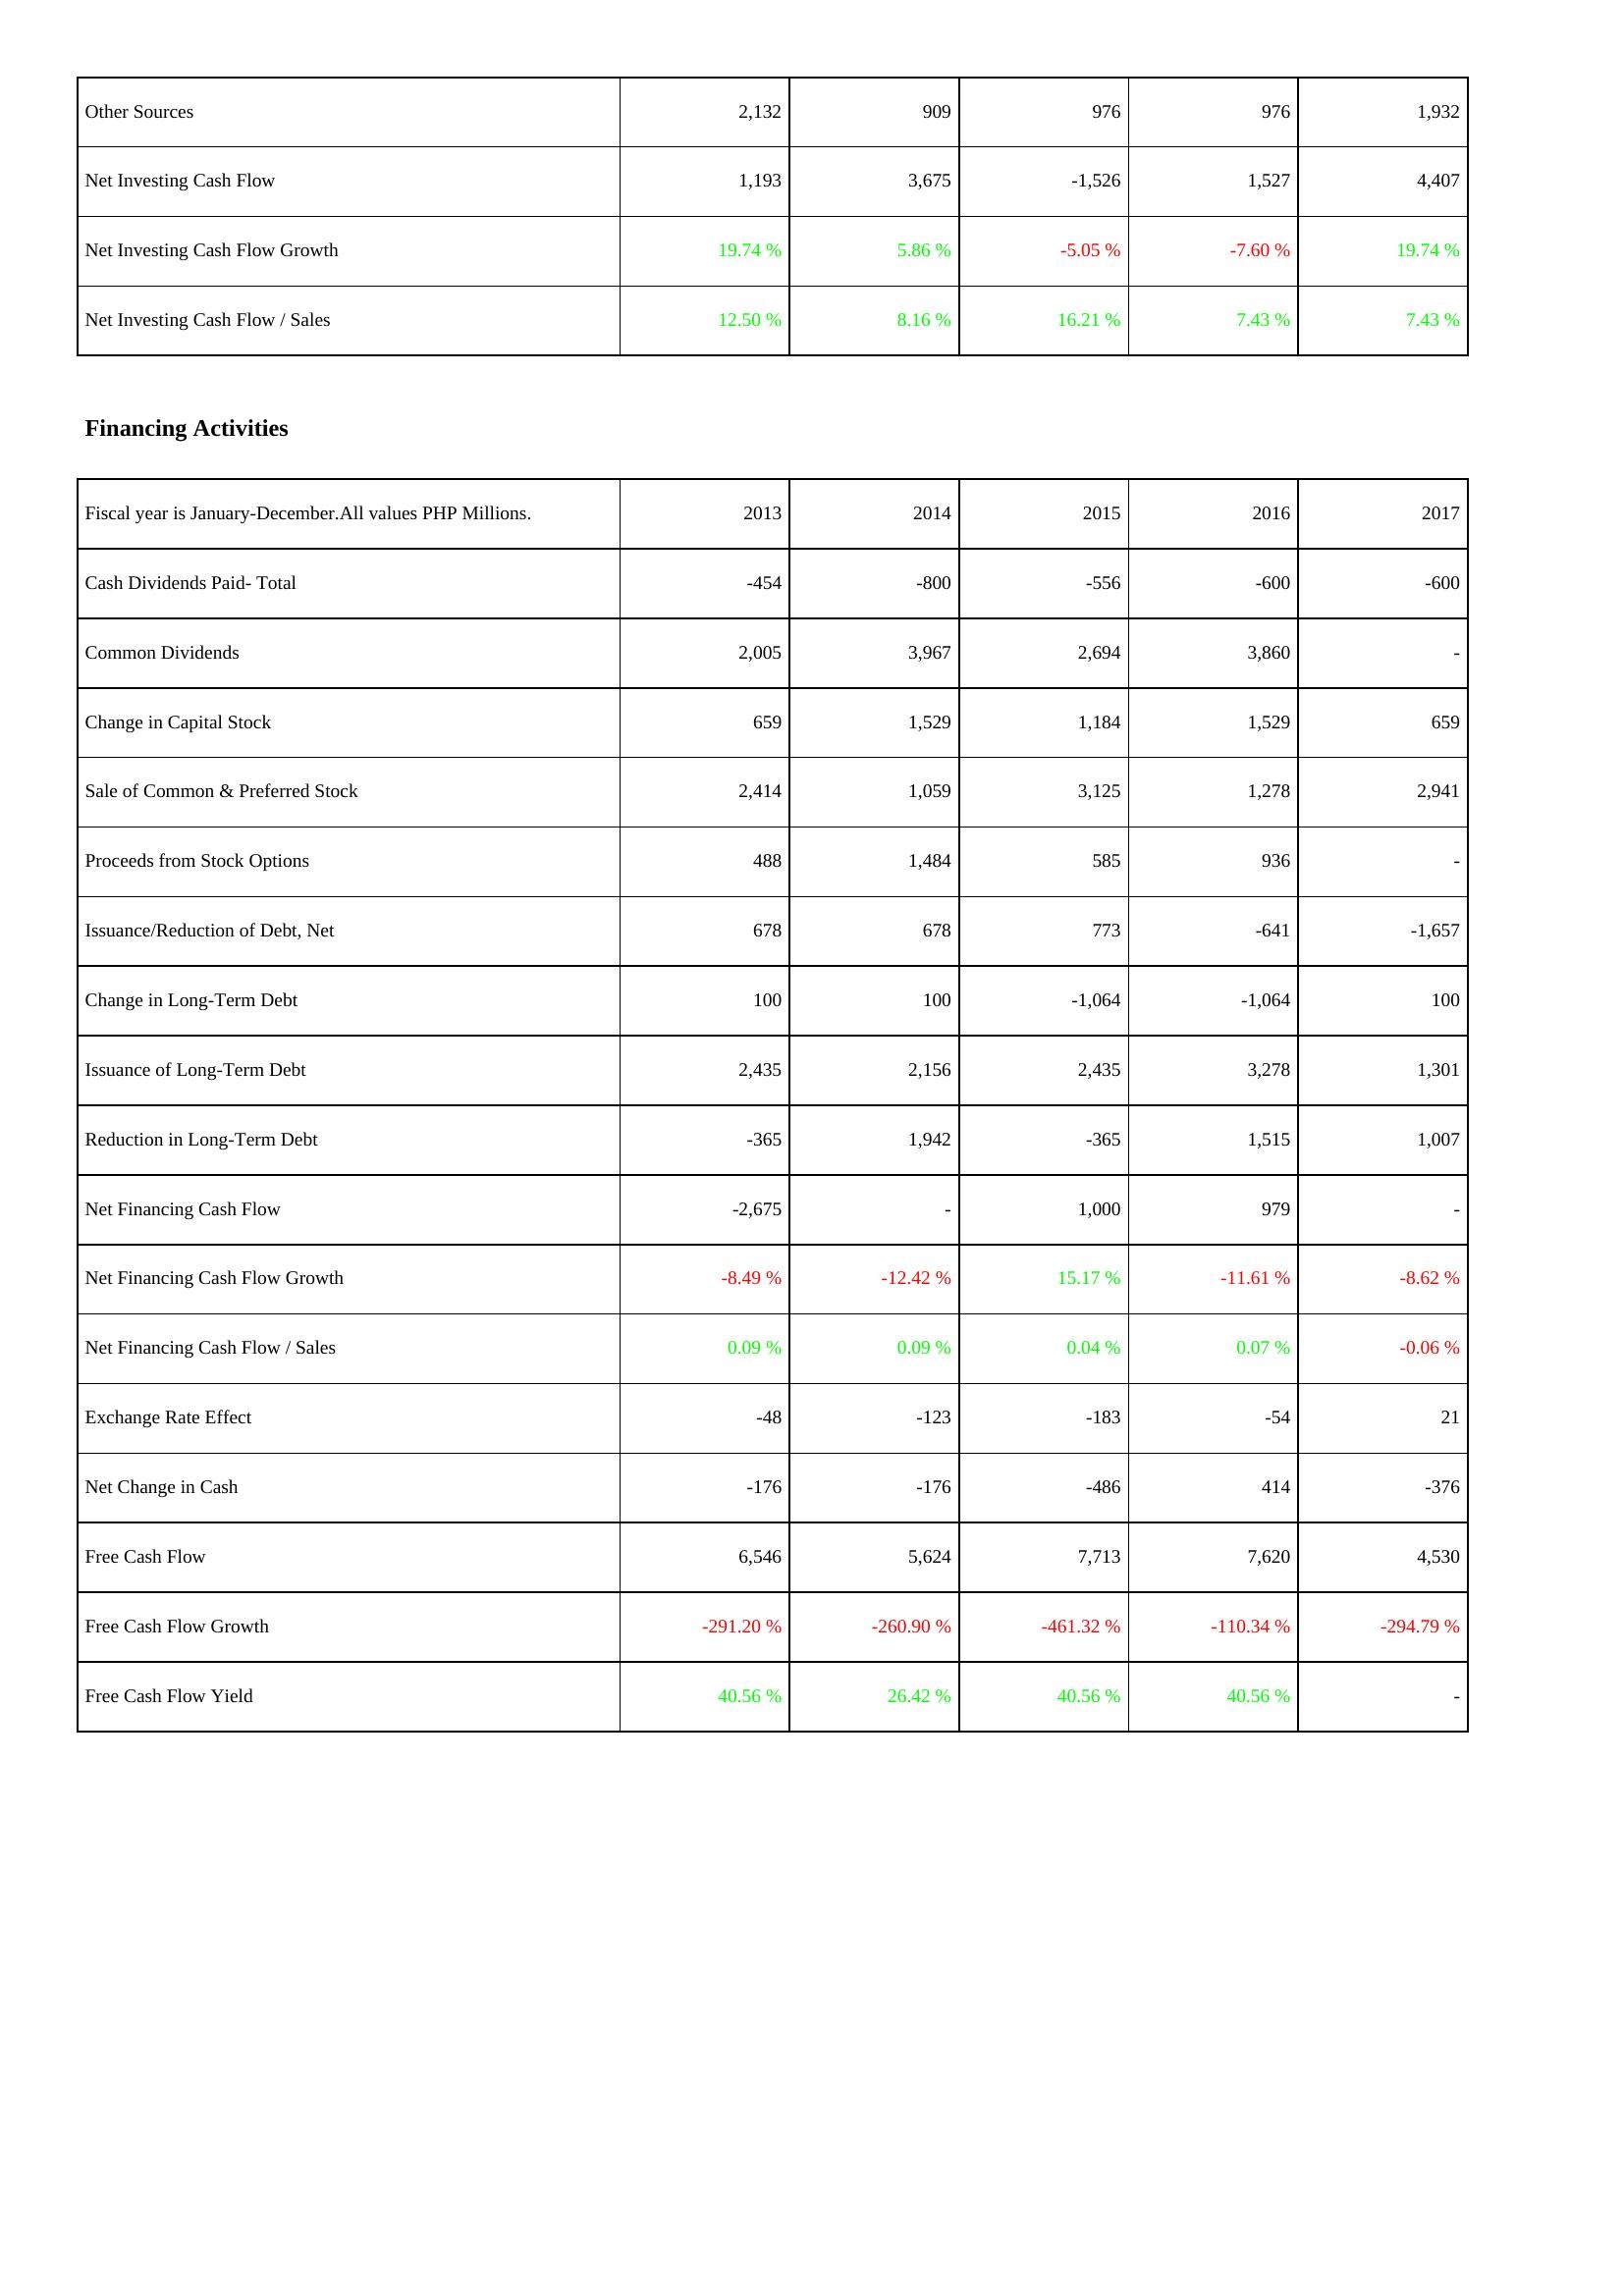
2013: Investing Activities: Other Sources: 2,132
Net Investing Cash Flow: 1,193
Net Investing Cash Flow Growth: 19.74 %
Net Investing Cash Flow / Sales: 12.50 %
Financing Activities: Cash Dividends Paid- Total: -454
Common Dividends: 2,005
Change in Capital Stock: 659
Sale of Common & Preferred Stock: 2,414
Proceeds from Stock Options: 488
Issuance/Reduction of Debt, Net: 678
Change in Long-Term Debt: 100
Issuance of Long-Term Debt: 2,435
Reduction in Long-Term Debt: -365
Net Financing Cash Flow: -2,675
Net Financing Cash Flow Growth: -8.49 %
Net Financing Cash Flow / Sales: 0.09 %
Exchange Rate Effect: -48
Net Change in Cash: -176
Free Cash Flow: 6,546
Free Cash Flow Growth: -291.20 %
Free Cash Flow Yield: 40.56 %
2014: Investing Activities: Other Sources: 909
Net Investing Cash Flow: 3,675
Net Investing Cash Flow Growth: 5.86 %
Net Investing Cash Flow / Sales: 8.16 %
Financing Activities: Cash Dividends Paid- Total: -800
Common Dividends: 3,967
Change in Capital Stock: 1,529
Sale of Common & Preferred Stock: 1,059
Proceeds from Stock Options: 1,484
Issuance/Reduction of Debt, Net: 678
Change in Long-Term Debt: 100
Issuance of Long-Term Debt: 2,156
Reduction in Long-Term Debt: 1,942
Net Financing Cash Flow: -
Net Financing Cash Flow Growth: -12.42 %
Net Financing Cash Flow / Sales: 0.09 %
Exchange Rate Effect: -123
Net Change in Cash: -176
Free Cash Flow: 5,624
Free Cash Flow Growth: -260.90 %
Free Cash Flow Yield: 26.42 %
2015: Investing Activities: Other Sources: 976
Net Investing Cash Flow: -1,526
Net Investing Cash Flow Growth: -5.05 %
Net Investing Cash Flow / Sales: 16.21 %
Financing Activities: Cash Dividends Paid- Total: -556
Common Dividends: 2,694
Change in Capital Stock: 1,184
Sale of Common & Preferred Stock: 3,125
Proceeds from Stock Options: 585
Issuance/Reduction of Debt, Net: 773
Change in Long-Term Debt: -1,064
Issuance of Long-Term Debt: 2,435
Reduction in Long-Term Debt: -365
Net Financing Cash Flow: 1,000
Net Financing Cash Flow Growth: 15.17 %
Net Financing Cash Flow / Sales: 0.04 %
Exchange Rate Effect: -183
Net Change in Cash: -486
Free Cash Flow: 7,713
Free Cash Flow Growth: -461.32 %
Free Cash Flow Yield: 40.56 %
2016: Investing Activities: Other Sources: 976
Net Investing Cash Flow: 1,527
Net Investing Cash Flow Growth: -7.60 %
Net Investing Cash Flow / Sales: 7.43 %
Financing Activities: Cash Dividends Paid- Total: -600
Common Dividends: 3,860
Change in Capital Stock: 1,529
Sale of Common & Preferred Stock: 1,278
Proceeds from Stock Options: 936
Issuance/Reduction of Debt, Net: -641
Change in Long-Term Debt: -1,064
Issuance of Long-Term Debt: 3,278
Reduction in Long-Term Debt: 1,515
Net Financing Cash Flow: 979
Net Financing Cash Flow Growth: -11.61 %
Net Financing Cash Flow / Sales: 0.07 %
Exchange Rate Effect: -54
Net Change in Cash: 414
Free Cash Flow: 7,620
Free Cash Flow Growth: -110.34 %
Free Cash Flow Yield: 40.56 %
2017: Investing Activities: Other Sources: 1,932
Net Investing Cash Flow: 4,407
Net Investing Cash Flow Growth: 19.74 %
Net Investing Cash Flow / Sales: 7.43 %
Financing Activities: Cash Dividends Paid- Total: -600
Common Dividends: -
Change in Capital Stock: 659
Sale of Common & Preferred Stock: 2,941
Proceeds from Stock Options: -
Issuance/Reduction of Debt, Net: -1,657
Change in Long-Term Debt: 100
Issuance of Long-Term Debt: 1,301
Reduction in Long-Term Debt: 1,007
Net Financing Cash Flow: -
Net Financing Cash Flow Growth: -8.62 %
Net Financing Cash Flow / Sales: -0.06 %
Exchange Rate Effect: 21
Net Change in Cash: -376
Free Cash Flow: 4,530
Free Cash Flow Growth: -294.79 %
Free Cash Flow Yield: -